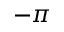
- \pi